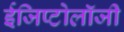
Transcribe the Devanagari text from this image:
ईजिप्टोलॉजी